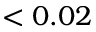
< 0 . 0 2